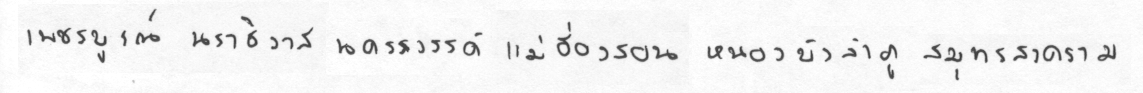
เพชรบรูณ์นราธิวาสนครสววรรค์แม่ฮ่องสอนหนองบัวลำภูสมุทรสงคราม